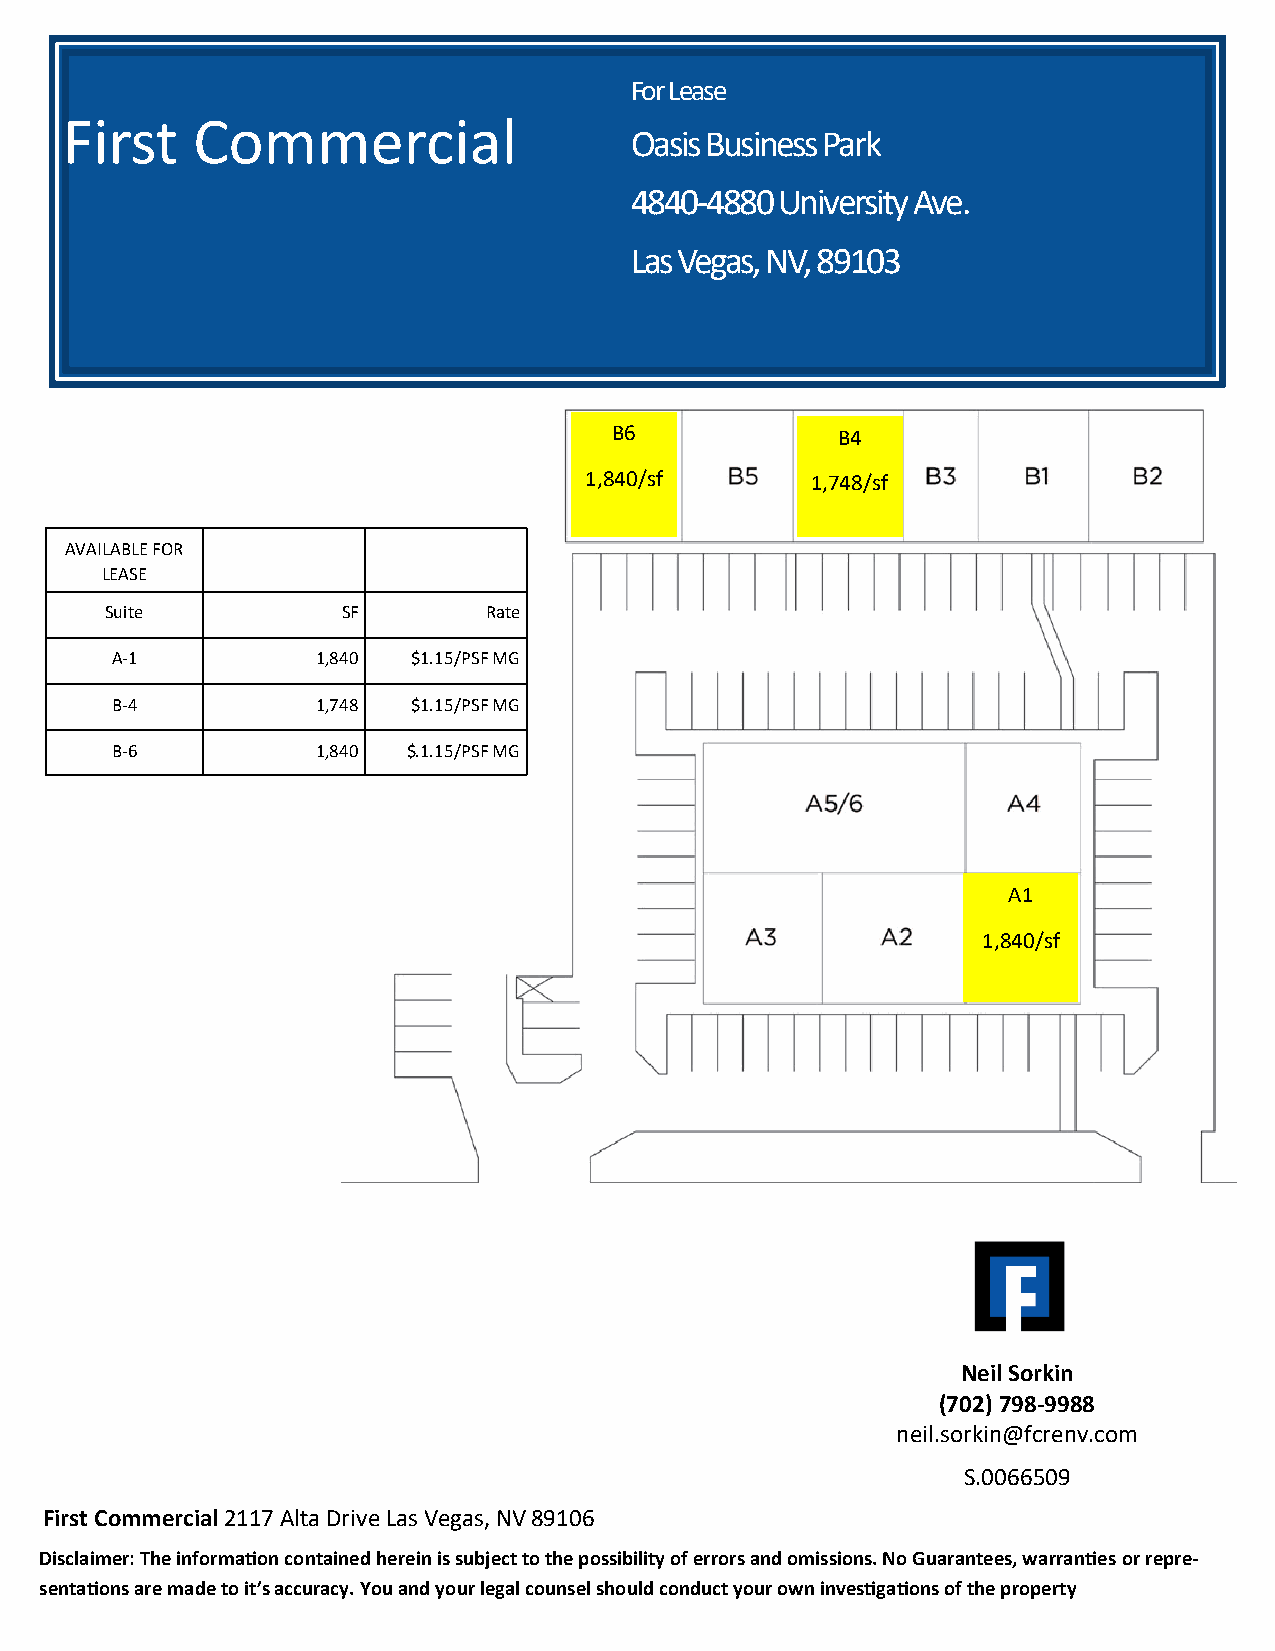
For Lease
 First    Commercial
 Oasis Business Park
 4840-4880 University Ave.
 Las Vegas, NV, 89103
 B6            B4
 1,840/sf       1,748/sf
 AVAILABLE FOR
 LEASE
 Suite           SF       Rate
 For Lease
 A-1           1,840 $1.15/PSF MG
 Charleston Valley
 B-4           1,748 $1.15/PSF MG
 View
 B-6           1,840 $.1.15/PSF MG
 Office Park
 3811/3821/3831/384
 A1
 1 W Charleston Blvd
 1,840/sf
 &
 Neil Sorkin
 (702) 798-9988
 neil.sorkin@fcrenv.com
 S.0066509
 First Commercial 2117 Alta Drive Las Vegas, NV 89106
 Disclaimer: The information contained herein is subject to the possibility of errors and omissions. No Guarantees, warranties or repre-
 sentations are made to it’s accuracy. You and your legal counsel should conduct your own investigations of the property